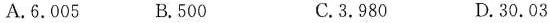
A.6.005 B.500 C.3.980 D.30.03